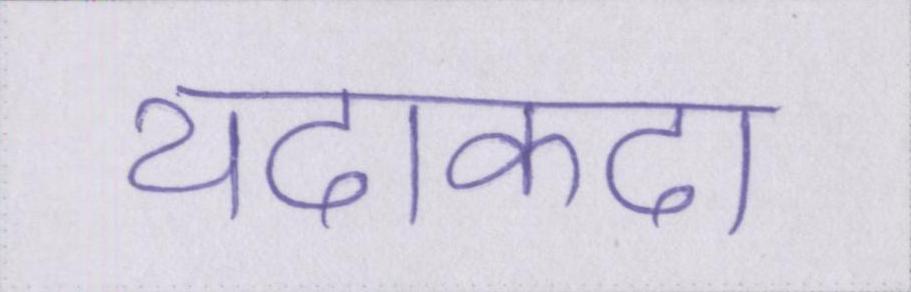
यदाकदा